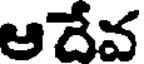
ఆదేవ